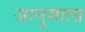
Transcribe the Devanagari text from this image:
जानुमाला